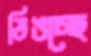
ডিঙচ্ছে